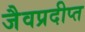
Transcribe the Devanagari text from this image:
जैवप्रदीप्त